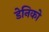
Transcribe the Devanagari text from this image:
डेनिको